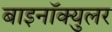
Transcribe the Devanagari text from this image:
बाइनॉक्युलर